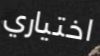
اختياري